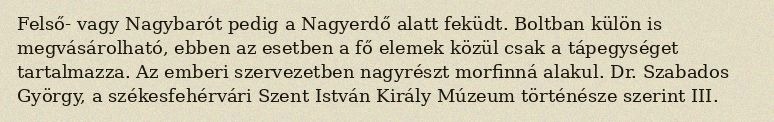
Felső- vagy Nagybarót pedig a Nagyerdő alatt feküdt. Boltban külön is megvásárolható, ebben az esetben a fő elemek közül csak a tápegységet tartalmazza. Az emberi szervezetben nagyrészt morfinná alakul. Dr. Szabados György, a székesfehérvári Szent István Király Múzeum történésze szerint III.